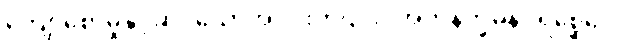
ကျော်စောမှုနှင့်ဆိုင်သောအပိုင်းကို၎င်း။ အဘိနိက္ခမနပရိစ္ဆေဒေါ၊